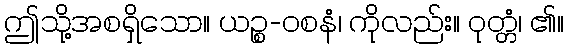
ဤသို့အစရှိသော။ ယဉ္စ-ဝစနံ၊ ကိုလည်း။ ဝုတ္တံ၊ ၏။